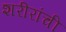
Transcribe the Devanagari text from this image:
शरीरांची